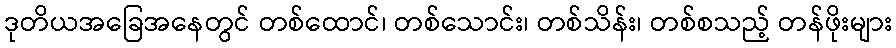
ဒုတိယအခြေအနေတွင် တစ်ထောင်၊ တစ်သောင်း၊ တစ်သိန်း၊ တစ်စသည့် တန်ဖိုးများ